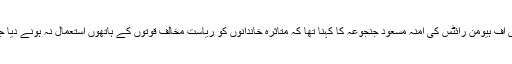
ڈیفنس آف ہیومن رائٹس کی آمنہ مسعود جنجوعہ کا کہنا تھا کہ متاثرہ خاندانوں کو ریاست مخالف قوتوں کے ہاتھوں استعمال نہ ہونے دیا جائے۔